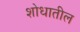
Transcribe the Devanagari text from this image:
शोधातील